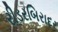
રીડરબિરાદર